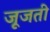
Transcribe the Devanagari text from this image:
जूजती